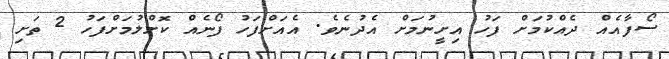
ސޯފާއެއް ދެއްކުމަށް ފަހު އިށީނުމަށް އެދުނެވެ. އެއަށްފަހު ފޯނެއް ކޮށްލުމަށްފަހު 2 ތަށި